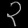
Digit: ၃